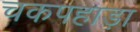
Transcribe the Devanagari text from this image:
चकपहाड़ा